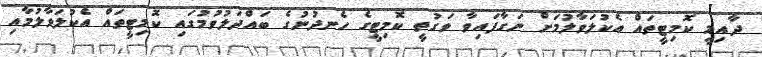
ދާއިމީ ކޮމިޓީތައް އެކުލަވާލުމަށް ނަގާފައިވާ ވަގުތީ ކޮމިޓީގެ ހެނދުނުގެ ބައްދަލުވުމުގައި ކޮމިޓީތައް އެކުލަވާލުމާއި